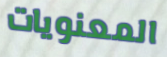
المعنويات